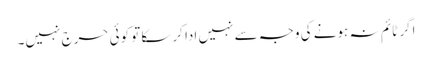
اگر ٹائم نہ ہونے کی وجہ سے نہیں ادا کرسکا تو کوئی حرج نہیں۔